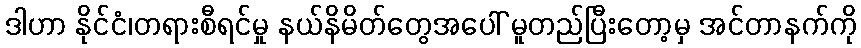
ဒါဟာ နိုင်ငံ၊တရားစီရင်မှု နယ်နိမိတ်တွေအပေါ် မူတည်ပြီးတော့မှ အင်တာနက်ကို